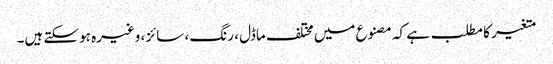
متغیر کا مطلب ہے کہ مصنوع میں مختلف ماڈل ، رنگ ، سائز ، وغیرہ ہوسکتے ہیں۔